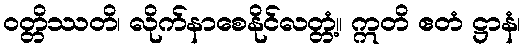
ဝတ္တိဿတိ၊ လိုက်နာစေနိုင်လတ္တံ့။ ဣတိ ဧတံ ဋ္ဌာနံ၊